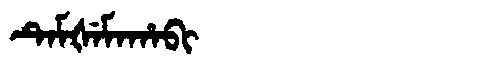
Manchu: ᡨᡝᠮᡧᡝᠮᠠᡥᠠᠪᡳ
Romanization: TEMŠEMAHABI